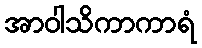
အာဝါသိကာကာရံ